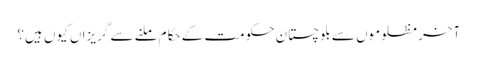
آخر مظلوموں سے بلوچستان حکومت کے حکام ملنے سے گریزاں کیوں ہیں؟